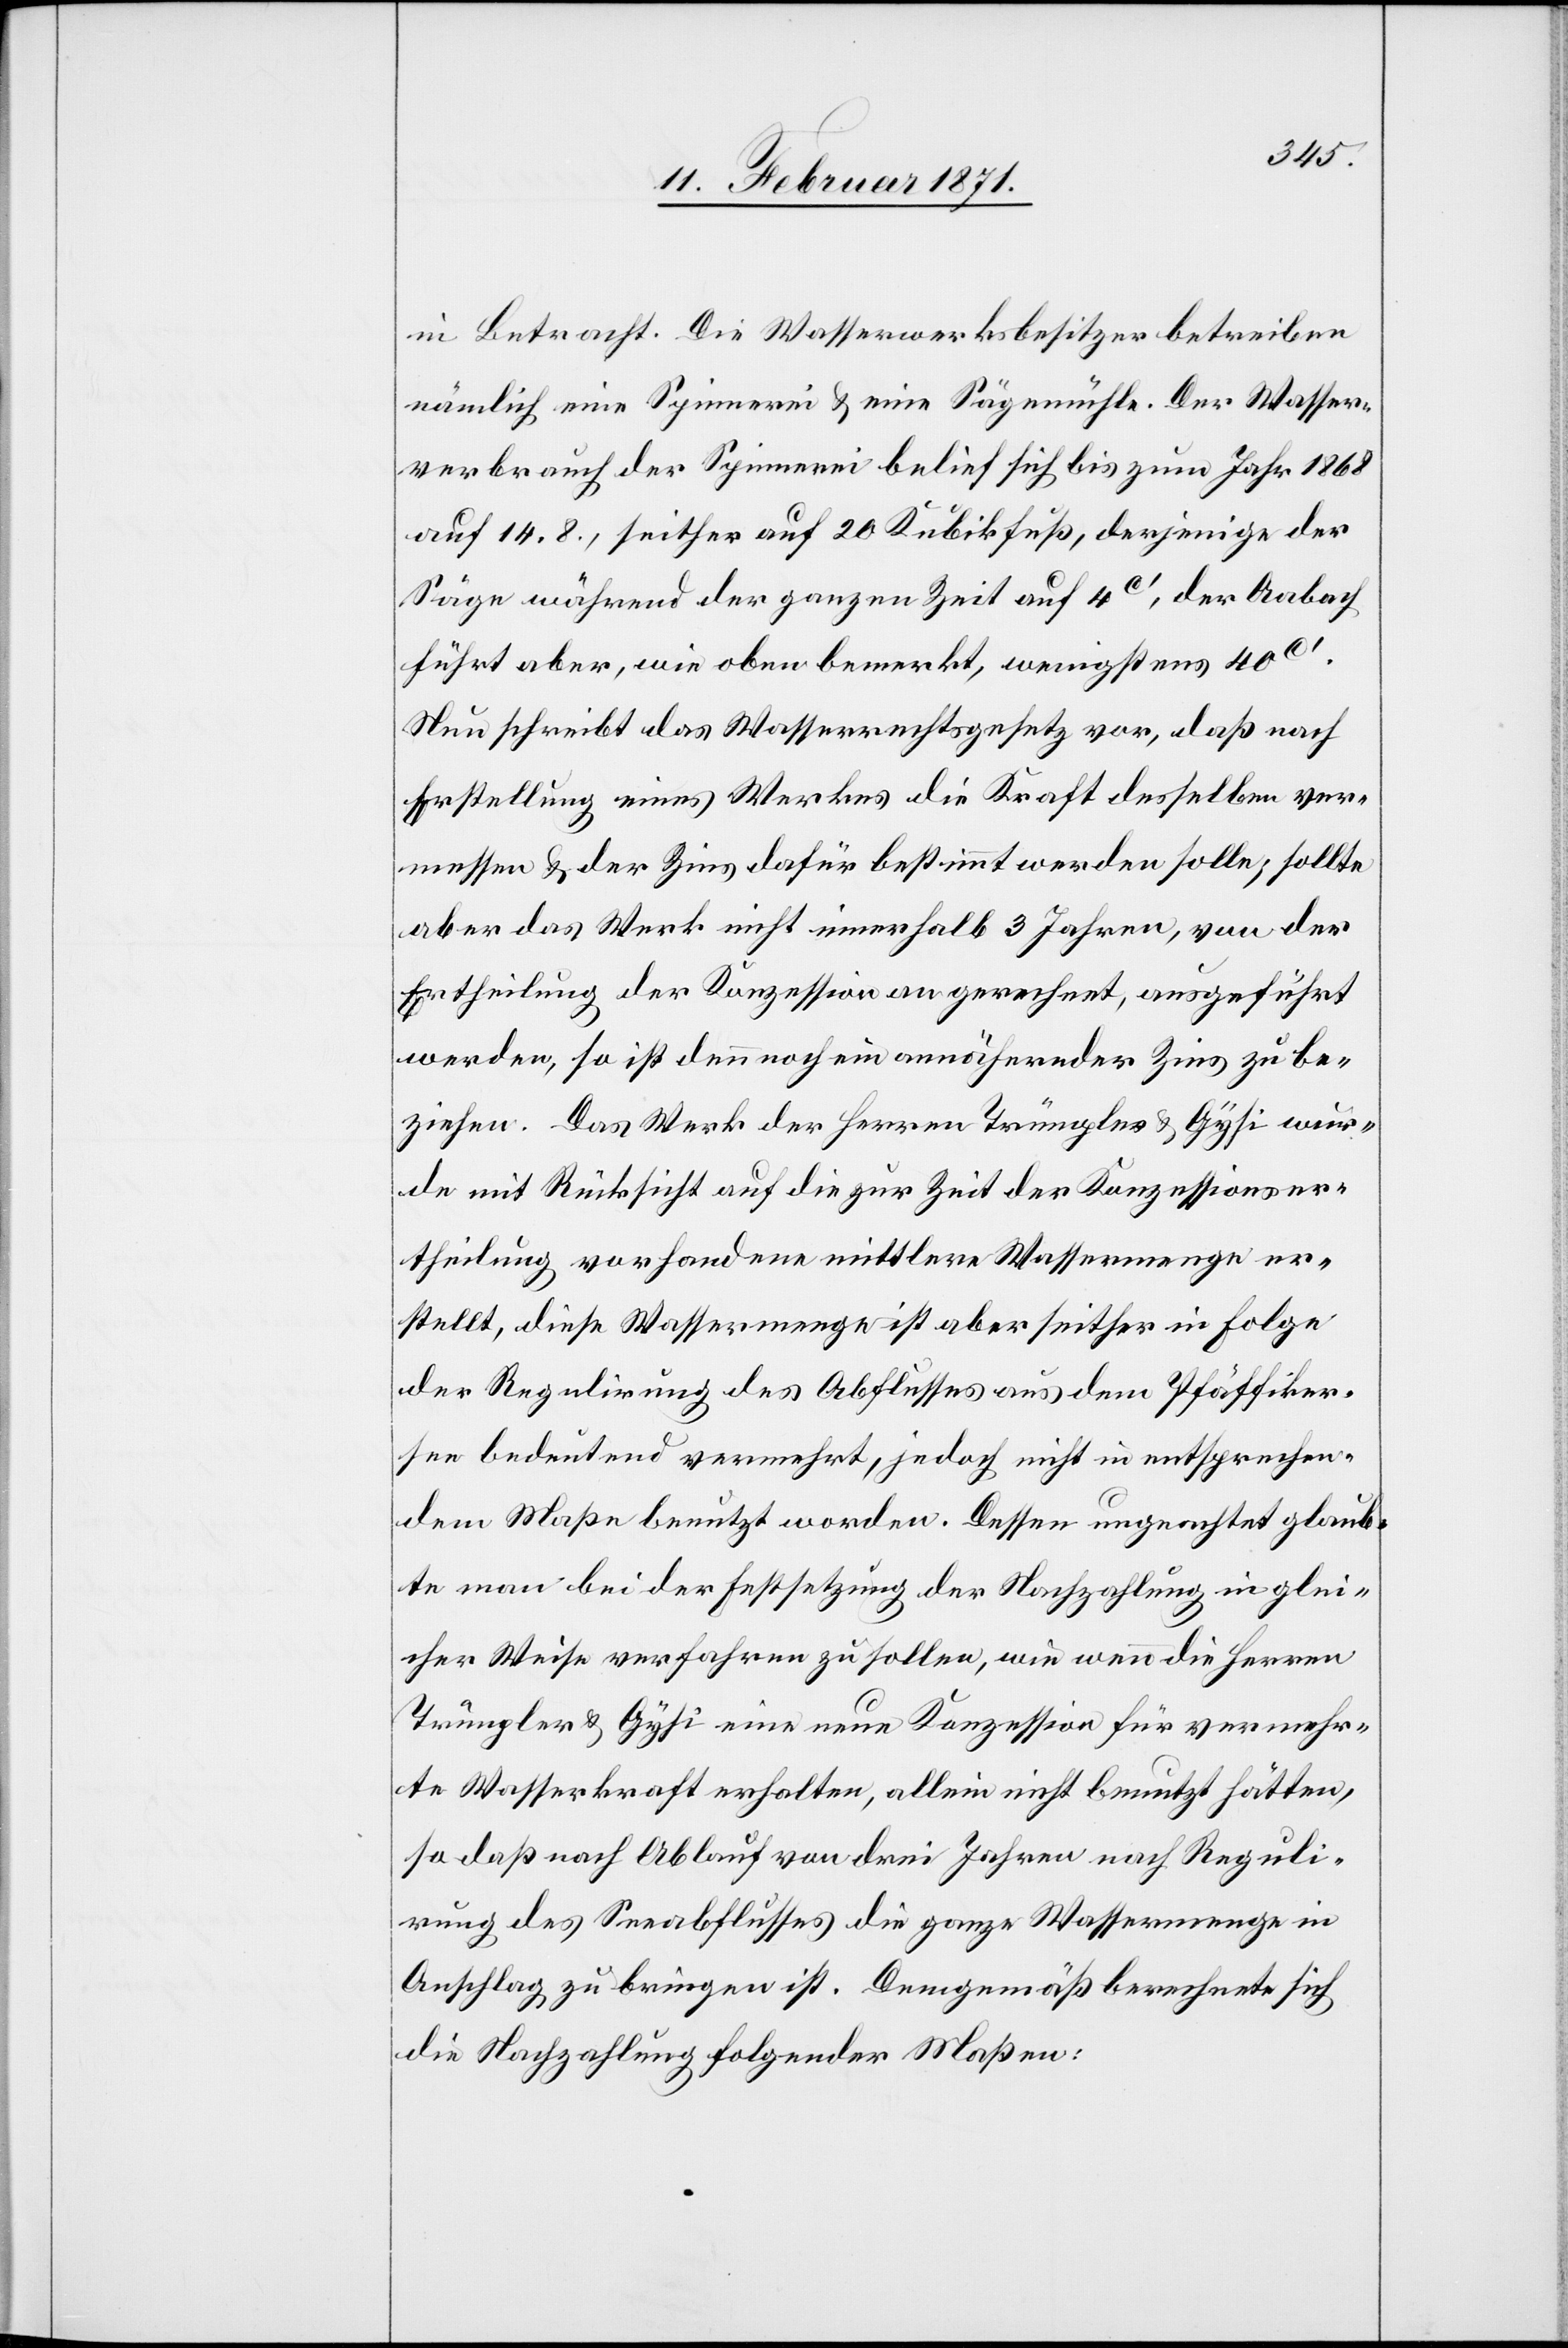
in Betracht. Die Wasserwerksbesitzer betreiben
nämlich eine Spinnerei u. eine Sägemühle. Der Wasser¬
verbrauch der Spinnerei belief sich bis zum Jahr 1868
auf 14.8., seither auf 20 Kubikfuß, derjenige der
Säge während der ganzen Zeit auf 4c‘, der Aabach
führt aber, wie oben bemerkt, wenigstens 40c‘.
Nun schreibt das Wasserrechtsgesetzt vor, daß nach
Erstellung eines Werkes die Kraft desselben ver¬
messen u. der Zins dafür bestimmt werden solle; sollte
aber das Werk nicht innerhalb 3 Jahren, von der
Ertheilung der Konzession an gerechnet, ausgeführt
werden, so ist denn noch ein annähernder Zins zu be¬
ziehen. Das Werk der Herren Trümpler u. Gysi wur¬
de mit Rücksicht auf die zur Zeit der Konzessionser¬
theilung vorhandene mittlere Wassermenge er¬
stellt, diese Wassermenge ist aber seither in Folge
der Regulirung des Abflusses aus dem Pfäffiker¬
see bedeutend vermehrt, jedoch nicht in entsprechen¬
dem Maße benutzt worden. Dessen ungeachtet glaub¬
te man bei der Festsetzung der Nachzahlung in glei¬
cher Weise verfahren zu sollen, wie wenn die Herren
Trümpler u. Gysi eine neue Konzession für vermehr¬
te Wasserkraft erhalten, allein nicht benutzt hätten,
so daß nach Ablauf von drei Jahren nach Reguli¬
rung des Seeabflusses die ganze Wassermenge in
Anschlag zu bringen ist. Demgemäß berechnete sich
die Nachzahlung folgender Maßen: